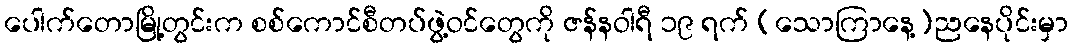
ပေါက်တောမြို့တွင်းက စစ်ကောင်စီတပ်ဖွဲ့ဝင်တွေကို ဇန်နဝါရီ ၁၉ ရက် (သောကြာနေ့)ညနေပိုင်းမှာ